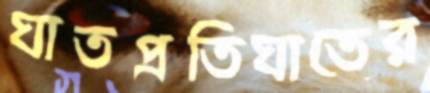
ঘাতপ্রতিঘাতের